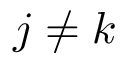
j \neq k